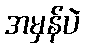
အမှန်ပဲ